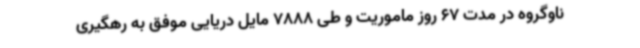
ناوگروه در مدت 67 روز ماموریت و طی 7888 مایل دریایی موفق به رهگیری